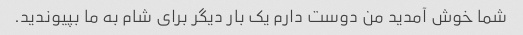
شما خوش آمدید من دوست دارم یک بار دیگر برای شام به ما بپیوندید.